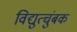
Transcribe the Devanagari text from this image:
विद्युत्चुंबक